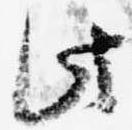
此